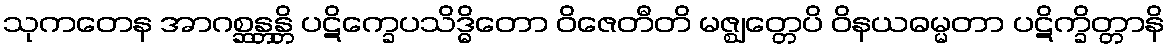
သုကတေန အာဂစ္ဆန္တန္တိ ပဋိက္ခေပသိဒ္ဓိတော ဝိဇေတီတိ မဇ္ဈတ္တေပိ ဝိနယဓမ္မတာ ပဋိက္ခိတ္တာနိ